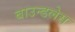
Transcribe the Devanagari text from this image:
बाउन्डलेस